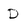
Character: D